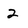
Character: 2